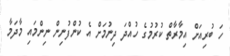
ހަ ބުރިއަށް އިމާރާތް ކުރުމުގެ ހުއްދަ ދިނުމަށް އެ ކުންފުނިން ނިންމައި މާދަމާ